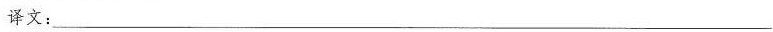
译文：___